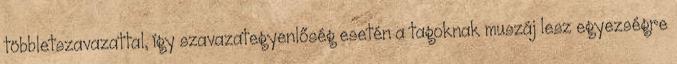
többletszavazattal, így szavazategyenlőség esetén a tagoknak muszáj lesz egyezségre